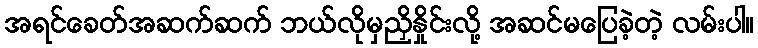
အရင်ခေတ်အဆက်ဆက် ဘယ်လိုမှညှိနှိုင်းလို့ အဆင်မပြေခဲ့တဲ့ လမ်းပါ။